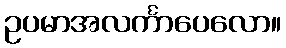
ဥပမာအလင်္ကာပေလော။